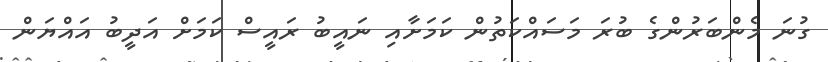
ގުނަ މެންބަރުންގެ ބުރަ މަސައްކަތުން ކަމަށާއި ނައީބު ރައީސް ކަމަށް އަދީބު އައްޔަން